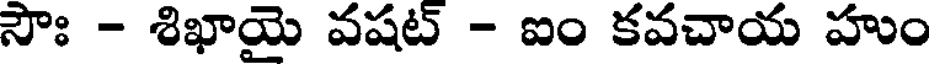
సౌః - శిఖాయై వషట్ - ఐం కవచాయ హుం